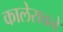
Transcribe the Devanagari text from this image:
कालेरावने